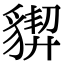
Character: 𧳳